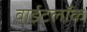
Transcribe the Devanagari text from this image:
वाईटलॉक